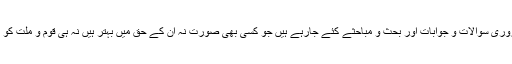
سوشل میڈیا پر لایعنی اور غیر ضروری سوالات و جوابات اور بحث و مباحثے کئے جارہے ہیں جو کسی بھی صورت نہ ان کے حق میں بہتر ہیں نہ ہی قوم و ملت کو اس سے کوئی فائدہ پہنچنے والاہے۔